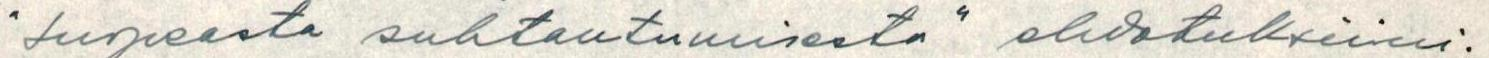
"suopeasta suhtautumisesta" ehdotuksiini.